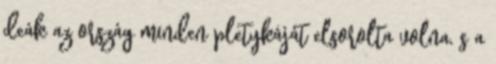
deák az ország minden pletykáját elsorolta volna, s a